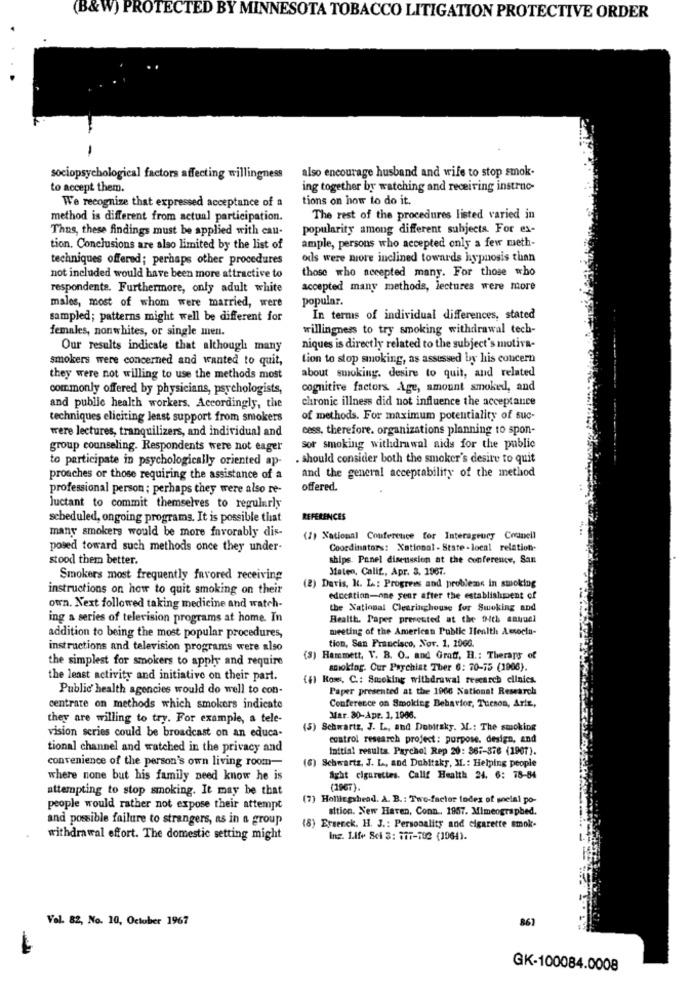
(B&W) PROTECTED BY MINNESOTA TOBACCO LITIGATION PROTECTIVE ORDER
also encourage husband and wife to stop smok-
sociopsychological factors affecting willingness
to accept them.
ing together by watching and receiving instruc-
tions on how to do it.
We recognize that expressed acceptance of a
method is different from actual participation.
The rest of the procedures listed varied in
Thus, these findings must be applied with cau-
popularity among different subjects. For ex-
ample, persons who accepted only a few meth-
tion. Conclusions are also limited by the list of
techniques offered; perhaps other procedures
ods were more inclined towards hypnosis than
those who necepted many. For those who
not included would have been more attractive to
respondente. Furthermore, only adult white
accepted many methods, lectures were more
males, most of whom were married, were
popular.
sampled; patterns might well be different for
In terms of individual differences, stated
females, nonwhites, or single men.
willingness to try smoking withdrawal tech-
Our results indicate that although many
niques is directly related to the subject's motiva-
smokers were concerned and wanted to quit,
tion to stop smoking, as assessed by his concern
they were not willing to use the methods most
about smoking. desire to quit, and related
commonly offered by physicians, psychologists,
cognitive factors Age, amount smoked, and
chronic illness did not influence the acceptance
and public health workers. Accordingly, the
techniques eliciting least support from smokers
of methods. For maximum potentiality of suc-
were lectures, tranquilizers, and individual and
cess, therefore. organizations planning to spon-
group counseling. Respondents were not eager
sor smoking withdrawal aids for the public
to participate in psychologically oriented ap-
. should consider both the smoker's desire to quit
and the general acceptability of the method
proaches or those requiring the assistance of a
professional person ; perhaps they were also re-
offered.
luctant to commit themselves to regularly
scheduled, ongoing programs. It is possible that
REFERENCES
many smokers would be more favorably dis-
(2) National Conference for Interagency Cornell
posed toward such methods once they under-
Coordinators: Xational - State - local relation.
stood them better.
ships. Panel discussion at the conference, San
Mateo, Calif, Apr. 3. 1967.
Smokers most frequently favored receiving
instructions on how to quit smoking on their
(2) Davis, K. L .: Progress and problems in smoking
education-one year after the establishment of
own. Next followed taking medicine and watch-
the National Clearinghouse for Smoking and
ing a series of television programs at home. In
Health. Paper presented at the 4th samuel
meeting of the American Public Health Assoctu-
addition to being the most popular procedures,
tion, San Francisco, Nor. 1, 20GG.
instructions and television programs were also
the simplest for smokers to apply and require
(3) Hammett, V. B. O. and Graff, H .: Therars of
smoking. Our Psychiat Ther 6: 70-15 (1906).
the least activity and initiative on their part.
(f) Ross. C .: Smoking withdrawal research clinics.
Public health agencies would do well to con-
Paper presented at the 1966 National Research
centrare on methods which smokers indicate
Conference on Smoking Behavior, Tucson, Arie,
they are willing to try. For example, a tele-
Mar. 80-Apr. 1, 1006.
vision series could be broadcast on an educa-
(5) Schwartz, J. L ., and Dobitsky. M .: The smoking
control research project: purpose, design, and
tional channel and watched in the privacy and
Initial results. Parchol Rep 20: 367-376 (1907).
convenience of the person's own living room-
(6) Schwartz, J. L, and Dubitaky, M .: Helping people
where none but his family need know he is
fight cigarettes. Callf Health 24, 6: 78-84
attempting to stop smoking. It may be that
(1967).
(7) Hollingshead. A. B. : Two-factor index of snelal po-
people would rather not expose their attempt
sition. New Haven, Conn ., 1957. Mimeographed.
and possible failure to strangers, as in a group
(8) Ersenck. H. J .: Personality and cigarette smok-
withdrawal effort. The domestic setting might
Ing. 1.1f+ Sci 3: 377-702 (1964).
Vol. 82, No. 10, October 1967
867
GK-100084.0008